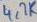
Text: 4,7K